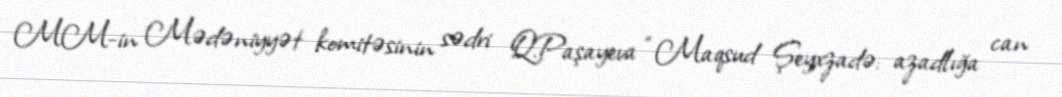
MM-in Mədəniyyət komitəsinin sədri Q.Paşayeva “Maqsud Şeyxzadə: azadlığa can